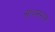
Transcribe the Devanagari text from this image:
साथसम्पन्न